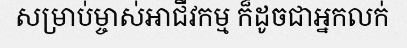
សម្រាប់ម្ចាស់អាជីវកម្ម ក៏ដូចជាអ្នកលក់